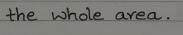
the whole area.